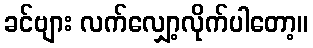
ခင်ဗျား လက်လျှော့လိုက်ပါတော့။